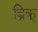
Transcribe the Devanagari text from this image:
ब्रिक्